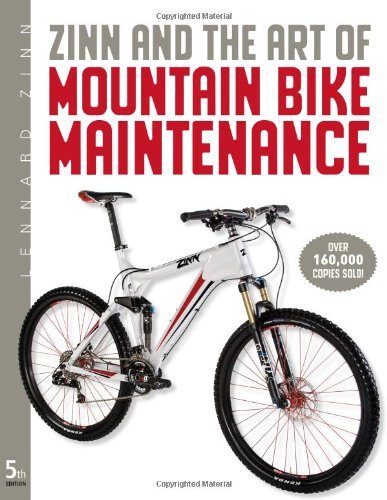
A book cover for Zinn & the Art of Mountain Bike Maintenance; Lennard Zinn; Sports & Outdoors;